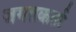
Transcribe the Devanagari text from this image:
जगतकर्ता